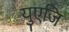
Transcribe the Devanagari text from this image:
युएजि